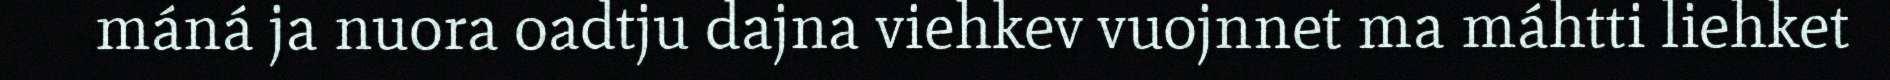
máná ja nuora oadtju dajna viehkev vuojnnet ma máhtti liehket